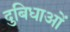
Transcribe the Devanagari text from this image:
दुबिधाओं